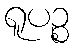
ရူပဉ္စ